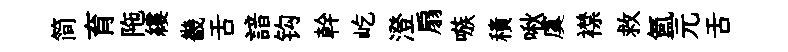
简育陁縷畿舌諳钩幹屹澄扇嗾積啾虞襟救氲元舌